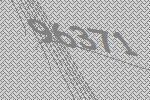
96371